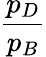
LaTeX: \frac{p_{D}}{p_{B}}